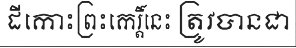
ដីកោះព្រះកេរ្តិ៍នេះ ត្រូវបានជា